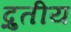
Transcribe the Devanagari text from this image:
द्रुतीय